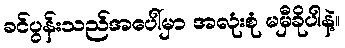
ခင်ပွန်းသည်အပေါ်မှာ အလုံးစုံ မမှီခိုပါနဲ့။